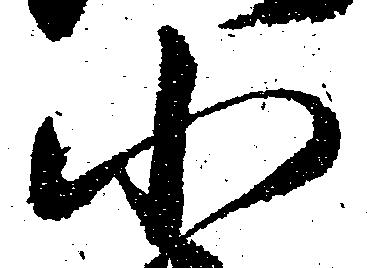
小